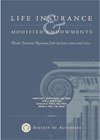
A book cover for Life Insurance and Modified Endowments Under Internal Revenue Code Sections 7702 and 7702A; Christian J. DesRochers; Business & Money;